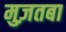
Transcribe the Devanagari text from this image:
मुज़तबा